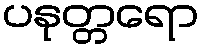
ပနုတ္တရော